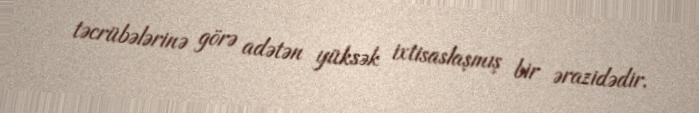
təcrübələrinə görə adətən yüksək ixtisaslaşmış bir ərazidədir.